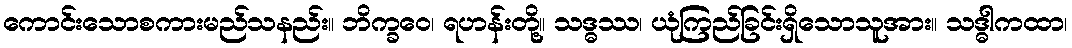
ကောင်းသောစကားမည်သနည်း။ ဘိက္ခဝေ၊ ရဟန်းတို့။ သဒ္ဓဿ၊ ယုံကြည်ခြင်းရှိသောသူအား။ သဒ္ဓါကထာ၊